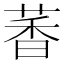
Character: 萫